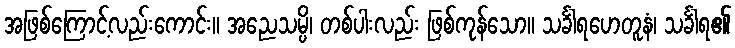
အဖြစ်ကြောင့်လည်းကောင်း။ အညေသမ္ပိ၊ တစ်ပါးလည်း ဖြစ်ကုန်သော။ သင်္ခါရဟေတူနံ၊ သင်္ခါရ၏